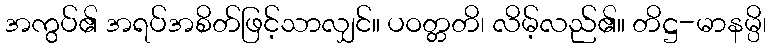
အကွပ်၏ အရပ်အစိတ်ဖြင့်သာလျှင်။ ပဝတ္တတိ၊ လိမ့်လည်၏။ တိဋ္ဌ-မာနမ္ပိ၊